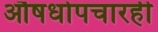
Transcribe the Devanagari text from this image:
औषधोपचारही